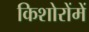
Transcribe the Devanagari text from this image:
किशोरोंमें